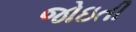
જોઇતી